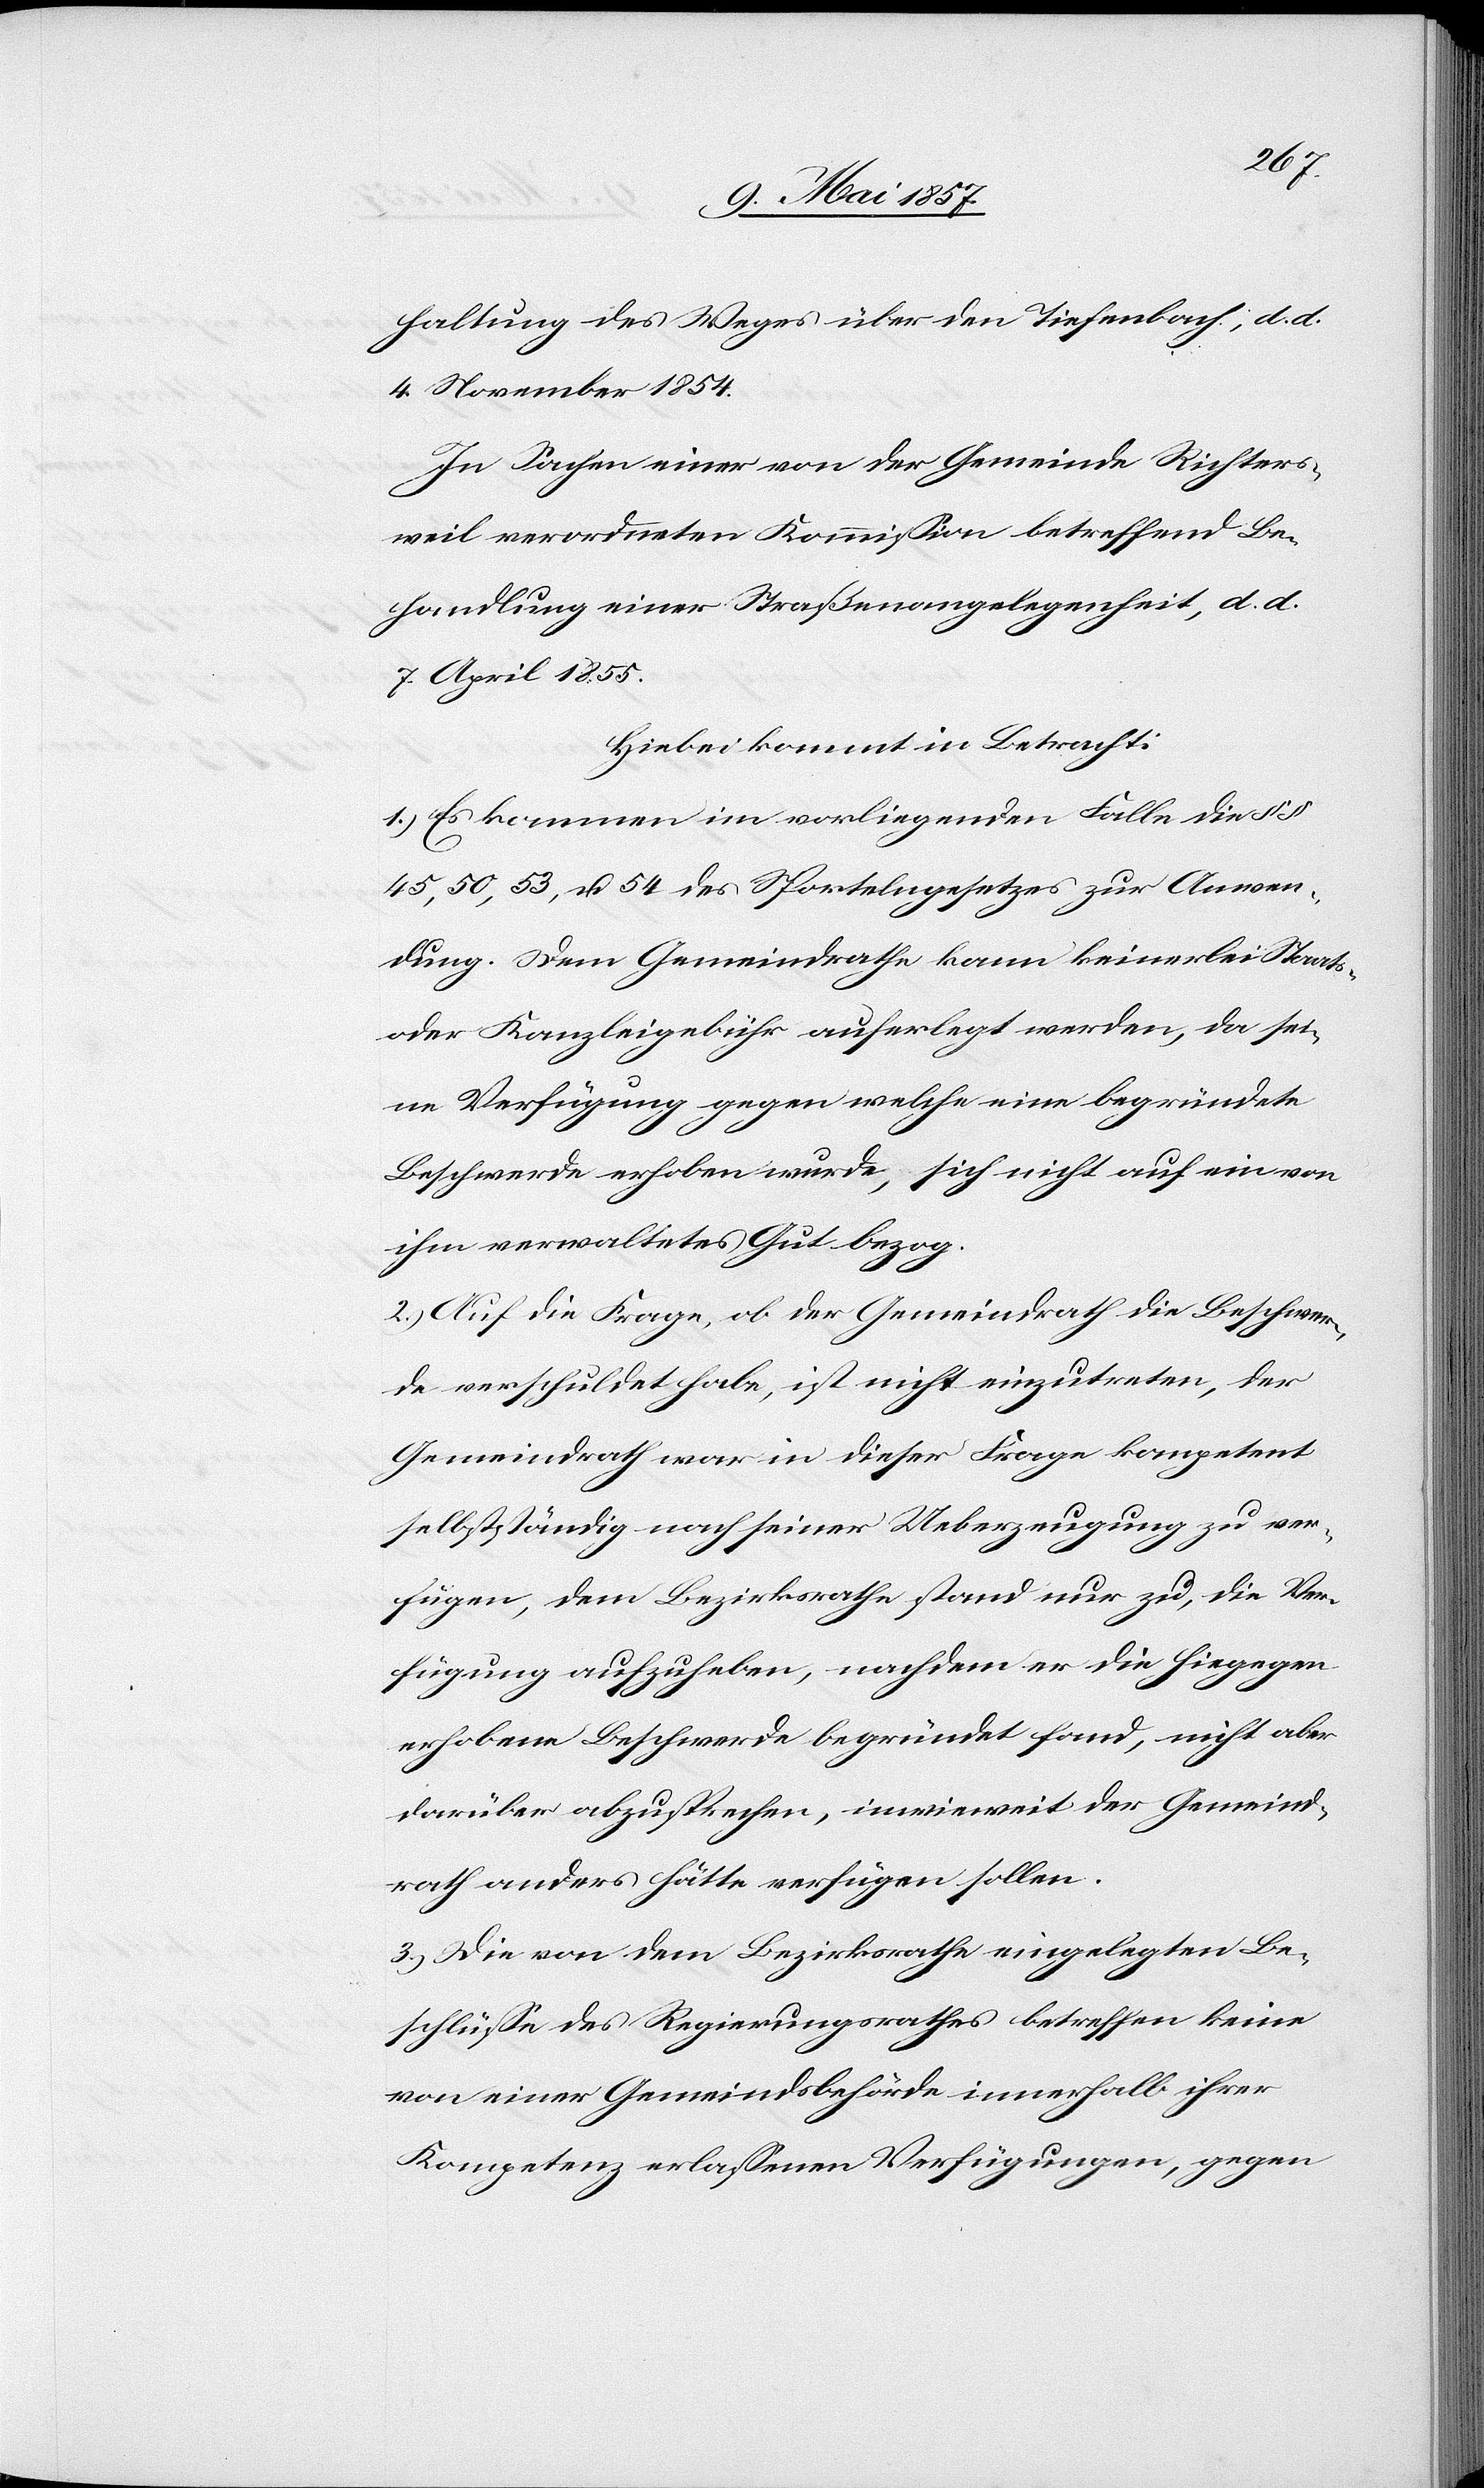
haltung des Weges über den Tiefenbach, d. d.
4 November 1854.
In Sachen einer von der Gemeinde Richters¬
weil verordneten Kommission betreffend Be¬
handlung einer Straßenangelegenheit, d. d.
7 April 1855.
Hiebei kommt in Betracht:
1.) Es kommen im vorliegenden Falle die §§
45,50,53 u. 54 des Sportelngesetzes zur Anwen¬
dung. Dem Gemeindrathe kann keinerlei Staats-
oder Kanzleigebühr auferlegt werden, da sei¬
ne Verfügung gegen welche eine begründete
Beschwerde erhoben wurde, sich nicht auf ein von
ihm verwaltetes Gut bezog.
2.) Auf die Frage, ob der Gemeindrath die Beschwer¬
de verschuldet habe, ist nicht einzutreten, der
Gemeindrath war in dieser Frage kompetent
selbstständig nach seiner Ueberzeugung zu ver¬
fügen, dem Bezirksrathe stand nur zu, die Ver¬
fügung aufzuheben, nachdem er die hiegegen
erhobene Beschwerde begründet fand, nicht aber
darüber abzusprechen, inwieweit der Gemeind¬
rath anders hätte verfügen sollen.
3.) Die von dem Bezirksrathe eingelegten Be¬
schlüsse des Regierungsrathes betreffen keine
von einer Gemeindsbehörde innerhalb ihrer
Kompetenz erlaßenen Verfügungen, gegen